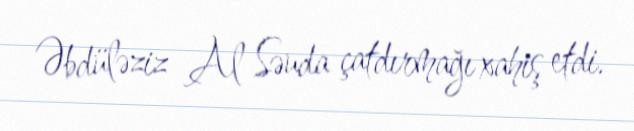
Əbdüləziz Al Səuda çatdırmağı xahiş etdi.